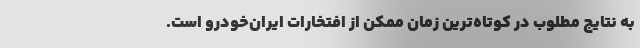
به نتایج مطلوب در کوتاه‌ترین زمان ممکن از افتخارات ایران‌خودرو است.